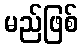
မည်ဖြစ်